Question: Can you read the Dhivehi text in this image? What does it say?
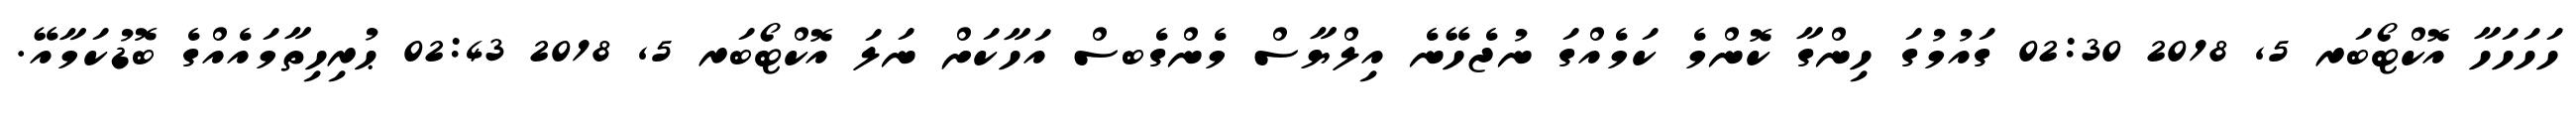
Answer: ހަހަހަހާ އޮކްޓޯބަރ 5, 2018 02:30 ގައުމުގަ ހިންގާ ކޮންމެ ކަމެއްގަ ނުޖެހޭނެ އިލްޔާސް މެންގެބސް އަހާކަށް ނަލަ އޮކްޓޯބަރ 5, 2018 02:43 ޙުރިހިތާމައެއްގެ ބޮޑުކަމާއޭ.